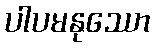
ပါပမနုဿော